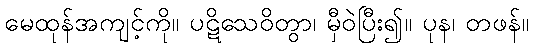
မေထုန်အကျင့်ကို။ ပဋိသေဝိတွာ၊ မှီဝဲပြီး၍။ ပုန၊ တဖန်။